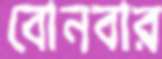
বোনবার